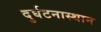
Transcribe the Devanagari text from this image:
दुर्घटनास्थान